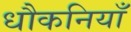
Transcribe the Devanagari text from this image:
धौकनियाँ